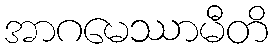
အာဂမေဿာမီတိ